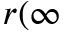
r ( \infty